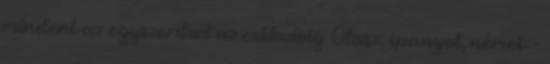
mindent az egyszerıtœl az exkluzívig Olasz, spanyol, német: -